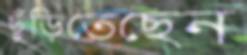
ছুঁড়িতেছেন